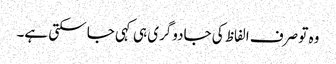
وہ تو صرف الفاظ کی جادوگری ہی کہی جا سکتی ہے۔